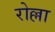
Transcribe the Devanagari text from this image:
रोल्ला